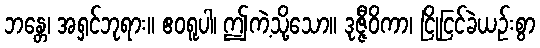
ဘန္တေ၊ အရှင်ဘုရား။ ဧဝရူပါ၊ ဤကဲ့သို့သော။ ဒုဇ္ဇီဝိကာ၊ ငြိုငြင်ခဲယဉ်းစွာ